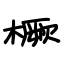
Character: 橛